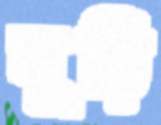
ঘুড়ি